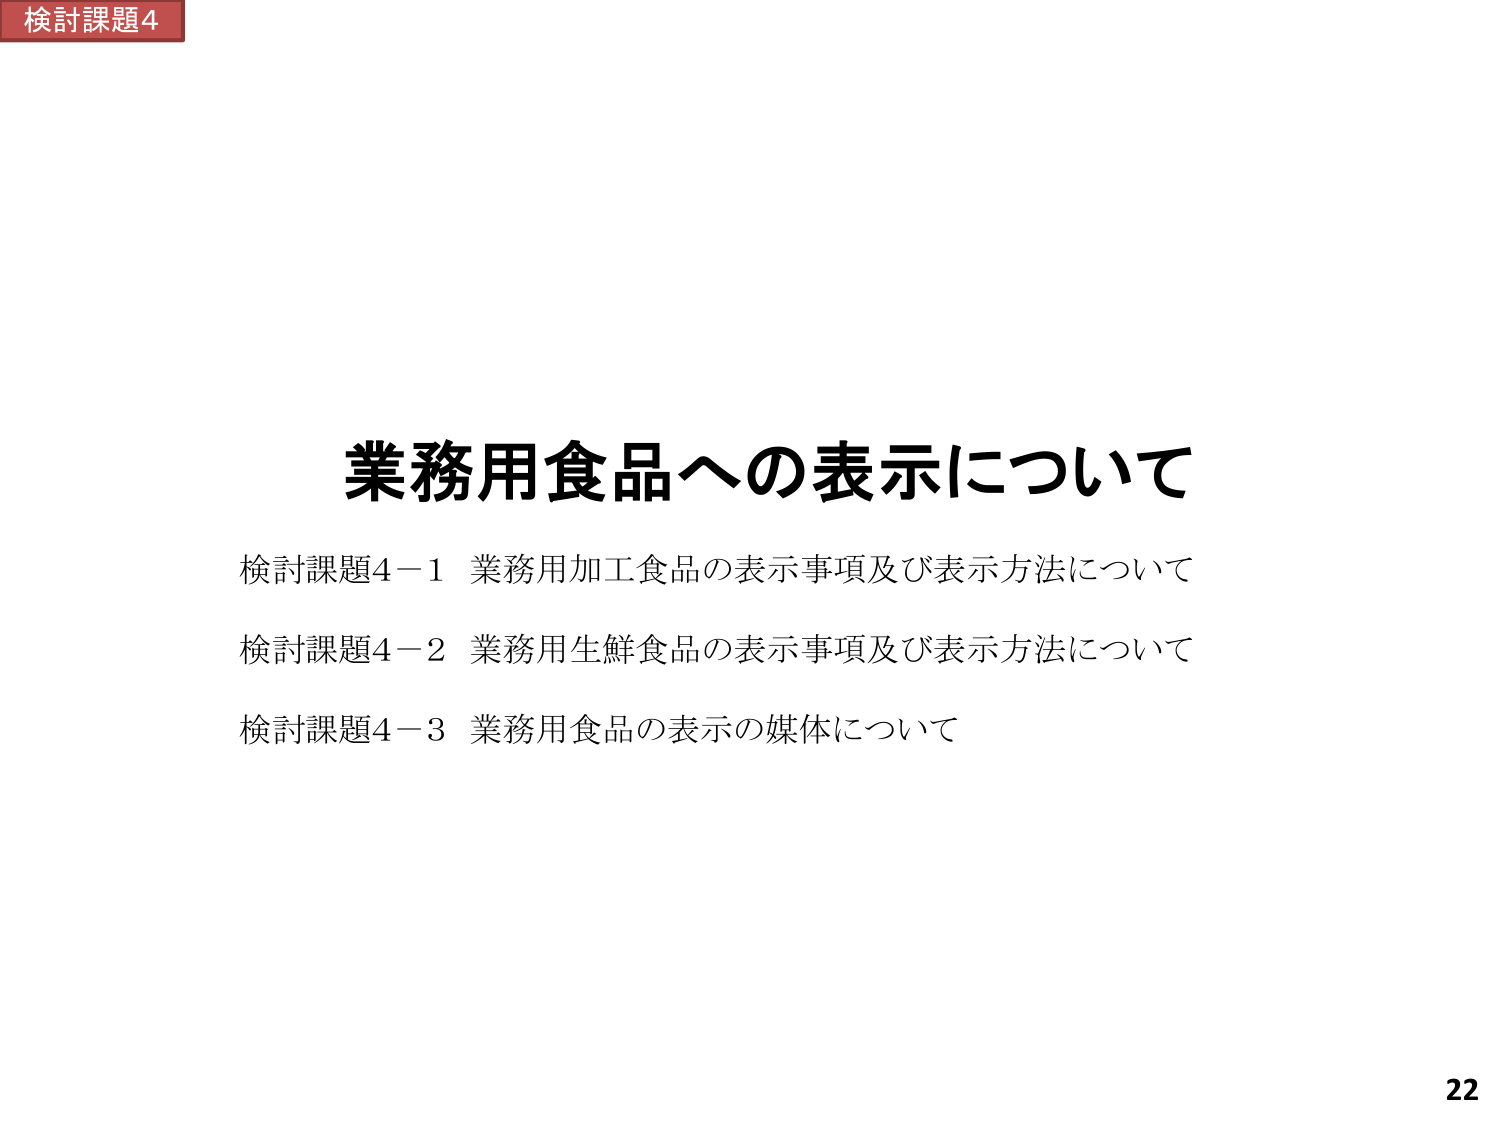
検討課題4
業務用食品への表示について
検討課題4－1 業務用加工食品の表示事項及び表示方法について
検討課題4－2 業務用生鮮食品の表示事項及び表示方法について
検討課題4－3 業務用食品の表示の媒体について
22